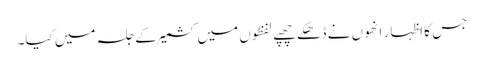
جس کا اظہار انھوں نے ڈھکے چھپے لفظوں میں کشمیر کے جلسہ میں کیا۔